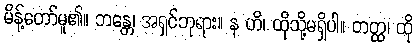
မိန့်တော်မူ၏။ ဘန္တေ၊ အရှင်ဘုရား။ န ဟိ၊ ထိုသို့မရှိပါ။ တတ္ထ၊ ထို